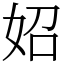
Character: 妱